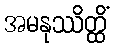
အမနုဿိတ္ထိံ